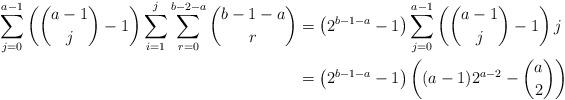
LaTeX: \begin{align*}\sum_{j=0}^{a-1}\left(\binom{a-1}{j}-1\right)\sum_{i=1}^j\sum_{r=0}^{b-2-a}\binom{b-1-a}{r}&=\left(2^{b-1-a}-1\right)\sum_{j=0}^{a-1}\left(\binom{a-1}{j}-1\right)j\\&=\left(2^{b-1-a}-1\right)\left((a-1)2^{a-2}-\binom{a}{2}\right)\end{align*}